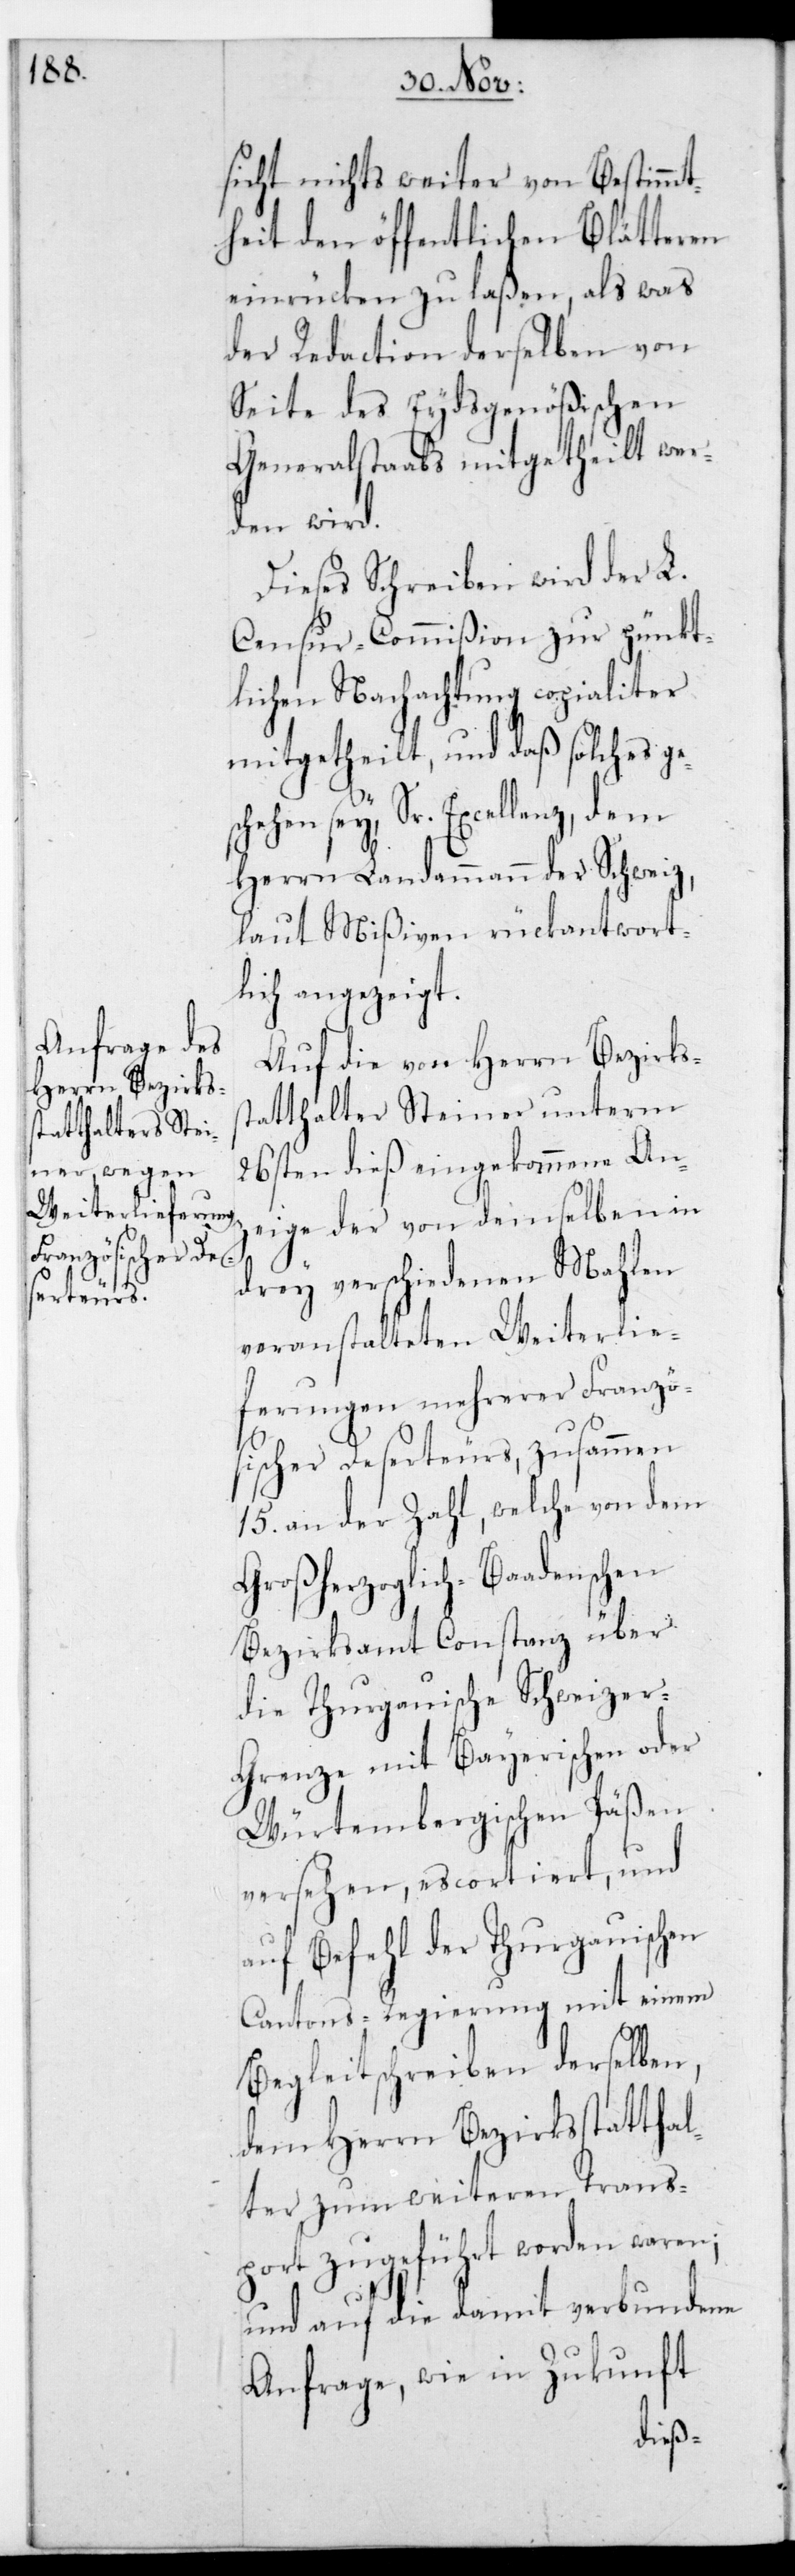
e¬

sicht nichts weiter von Bestimmt¬
heit den öffentlichen Blätteren
einrücken zu laßen, als was
der Redaction derselben von
Seite des Eydsgenößischen
Generalstabs mitgetheilt wer¬
den wird.
Dieses Schreiben wird der L.
Censur-Commißion zur pünkt¬
lichen Nachachtung copialiter
mitgetheilt, und daß solches g¬
schehen sey, Sr. Excellenz dem
Herrn Landammann der Schweiz
laut Mißiven rückantwort¬
lich angezeigt.
Auf die von Herrn Bezirks¬
statthalter Steiner unterm
26sten dieß eingekommene Anz¬
eige der von demselben in
drey verschiedenen Malen
veranstalteten Weiterlie¬
ferungen mehrerer Franzö¬
sischer Deserteurs, zusammen
15. an der Zahl, welche von dem
Großherzoglich-Baadenschen
Bezirksamt Constanz über
die Thurgauische Schweizer-G¬
renze mit Bayerischen oder
Würtembergischen Päßen
versehen, escortiert, und
auf Befehl der Thurgauischen
Cantons-Regierung mit einem
Begleitschreiben derselben,
dem Herrn Bezirksstatthal¬
ter zum weiteren Trans¬
port zugeführt worden waren;
und auf die damit verbundene
Anfrage, wie in Zukunft